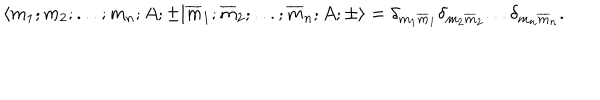
\langle m _ { 1 } ; m _ { 2 } ; . . . ; m _ { n } ; A ; \pm | \overline { { { m } } } _ { 1 } ; \overline { { { m } } } _ { 2 } ; . . . ; \overline { { { m } } } _ { n } ; A ; \pm \rangle = { \delta } _ { m _ { 1 } \overline { { { m } } } _ { 1 } } { \delta } _ { m _ { 2 } \overline { { { m } } } _ { 2 } } . . . { \delta } _ { m _ { n } \overline { { { m } } } _ { n } } .